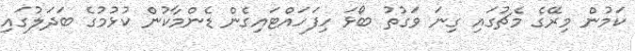
ކަމުން މިރޭގެ މެޗުގައި ގިނަ ވަގުތު ބޯޅަ ހިފަހައްޓައިގެން ޑެންމާކުން ކުޅުމުގެ ބަދަލުގައި